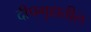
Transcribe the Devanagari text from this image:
दीपगृहातील